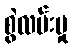
စွဲလမ်းမှု